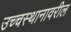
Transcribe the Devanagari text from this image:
उच्चस्थानावरील